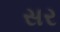
સર